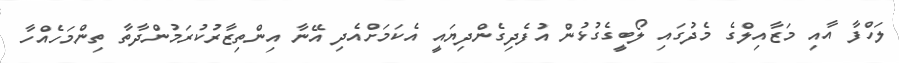
ލަހްފާ އާއި މަޒާއިލްގެ މެދުގައި ލޯބީގެގުޅުން އުފެދިގެންދިޔައީ އެކަމަށްއެދި އޭނާ އިންތިޒާރުކުރަމުންދާތާ ތިންމަހެއްހާ